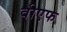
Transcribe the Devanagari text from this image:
वीएफ